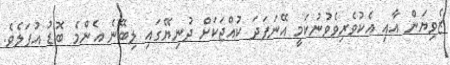
ޒެވިޔަން އާއި އެކުވެރިވެވުނުކަމީ އޭނަފަދަ ކުއްޖަކަށް ދުނިޔޭގައި ލިބޭނެ އެންމެ ބޮޑު އުފަލެވެ.